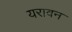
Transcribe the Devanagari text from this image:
यरावन